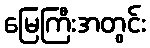
မြေကြီးအတွင်း